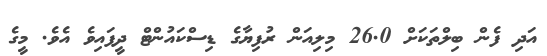
އަދި ފެން ބިލްތަކަށް 26.0 މިލިއަން ރުފިޔާގެ ޑިސްކައުންޓް ދީފައިވެ އެވެ. މީގެ